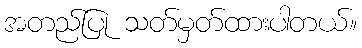
အတည်ပြု သတ်မှတ်ထားပါတယ်။